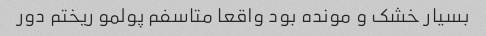
بسیار خشک و مونده بود واقعا متاسفم پولمو ریختم دور